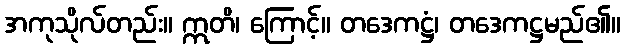
အကုသိုလ်တည်း။ ဣတိ၊ ကြောင့်။ တဒေကဋ္ဌံ၊ တဒေကဋ္ဌမည်၏။